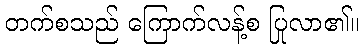
တက်စသည် ကြောက်လန့်စ ပြုလာ၏။